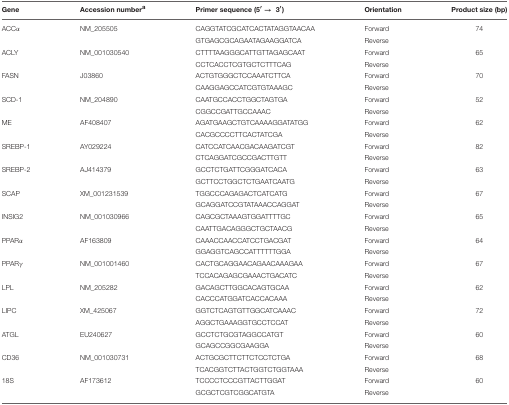
<table><thead><tr><td><b>Gene</b></td><td><b>Accession number<sup>a</sup></b></td><td><b>Primer sequence (5′ → 3′)</b></td><td><b>Orientation</b></td><td><b>Product size (bp)</b></td></tr></thead><tbody><tr><td>ACCα</td><td>NM_205505</td><td>CAGGTATCGCATCACTATAGGTAACAA</td><td>Forward</td><td>74</td></tr><tr><td></td><td></td><td>GTGAGCGCAGAATAGAAGGATCA</td><td>Reverse</td><td></td></tr><tr><td>ACLY</td><td>NM_001030540</td><td>CTTTTAAGGGCATTGTTAGAGCAAT</td><td>Forward</td><td>65</td></tr><tr><td></td><td></td><td>CCTCACCTCGTGCTCTTTCAG</td><td>Reverse</td><td></td></tr><tr><td>FASN</td><td>J03860</td><td>ACTGTGGGCTCCAAATCTTCA</td><td>Forward</td><td>70</td></tr><tr><td></td><td></td><td>CAAGGAGCCATCGTGTAAAGC</td><td>Reverse</td><td></td></tr><tr><td>SCD-1</td><td>NM_204890</td><td>CAATGCCACCTGGCTAGTGA</td><td>Forward</td><td>52</td></tr><tr><td></td><td></td><td>CGGCCGATTGCCAAAC</td><td>Reverse</td><td></td></tr><tr><td>ME</td><td>AF408407</td><td>AGATGAAGCTGTCAAAAGGATATGG</td><td>Forward</td><td>62</td></tr><tr><td></td><td></td><td>CACGCCCCTTCACTATCGA</td><td>Reverse</td><td></td></tr><tr><td>SREBP-1</td><td>AY029224</td><td>CATCCATCAACGACAAGATCGT</td><td>Forward</td><td>82</td></tr><tr><td></td><td></td><td>CTCAGGATCGCCGACTTGTT</td><td>Reverse</td><td></td></tr><tr><td>SREBP-2</td><td>AJ414379</td><td>GCCTCTGATTCGGGATCACA</td><td>Forward</td><td>63</td></tr><tr><td></td><td></td><td>GCTTCCTGGCTCTGAATCAATG</td><td>Reverse</td><td></td></tr><tr><td>SCAP</td><td>XM_001231539</td><td>TGGCCCAGAGACTCATCATG</td><td>Forward</td><td>67</td></tr><tr><td></td><td></td><td>GCAGGATCCGTATAAACCAGGAT</td><td>Reverse</td><td></td></tr><tr><td>INSIG2</td><td>NM_001030966</td><td>CAGCGCTAAAGTGGATTTTGC</td><td>Forward</td><td>65</td></tr><tr><td></td><td></td><td>CAATTGACAGGGCTGCTAACG</td><td>Reverse</td><td></td></tr><tr><td>PPARα</td><td>AF163809</td><td>CAAACCAACCATCCTGACGAT</td><td>Forward</td><td>64</td></tr><tr><td></td><td></td><td>GGAGGTCAGCCATTTTTTGGA</td><td>Reverse</td><td></td></tr><tr><td>PPARγ</td><td>NM_001001460</td><td>CACTGCAGGAACAGAACAAAGAA</td><td>Forward</td><td>67</td></tr><tr><td></td><td></td><td>TCCACAGAGCGAAACTGACATC</td><td>Reverse</td><td></td></tr><tr><td>LPL</td><td>NM_205282</td><td>GACAGCTTGGCACAGTGCAA</td><td>Forward</td><td>62</td></tr><tr><td></td><td></td><td>CACCCATGGATCACCACAAA</td><td>Reverse</td><td></td></tr><tr><td>LIPC</td><td>XM_425067</td><td>GGTCTCAGTGTTGGCATCAAAC</td><td>Forward</td><td>72</td></tr><tr><td></td><td></td><td>AGGCTGAAAGGTGCCTCCAT</td><td>Reverse</td><td></td></tr><tr><td>ATGL</td><td>EU240627</td><td>GCCTCTGCGTAGGCCATGT</td><td>Forward</td><td>60</td></tr><tr><td></td><td></td><td>GCAGCCGGCGAAGGA</td><td>Reverse</td><td></td></tr><tr><td>CD36</td><td>NM_001030731</td><td>ACTGCGCTTCTTCTCCTCTGA</td><td>Forward</td><td>68</td></tr><tr><td></td><td></td><td>TCACGGTCTTACTGGTCTGGTAAA</td><td>Reverse</td><td></td></tr><tr><td>18S</td><td>AF173612</td><td>TCCCCTCCCGTTACTTGGAT</td><td>Forward</td><td>60</td></tr><tr><td></td><td></td><td>GCGCTCGTCGGCATGTA</td><td>Reverse</td><td></td></tr></tbody></table>